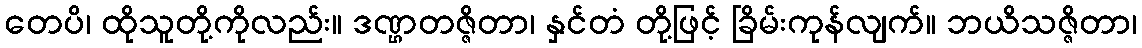
တေပိ၊ ထိုသူတို့ကိုလည်း။ ဒဏ္ဌတဇ္ဇိတာ၊ နှင်တံ တို့ဖြင့် ခြိမ်းကုန်လျက်။ ဘယိသဇ္ဇိတာ၊